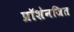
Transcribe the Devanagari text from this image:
प्रॉशेनजित